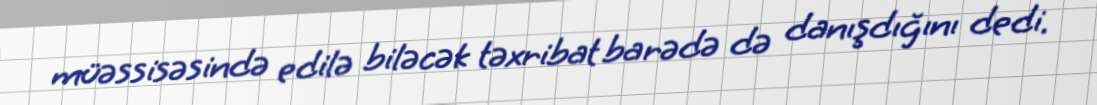
müəssisəsində edilə biləcək təxribat barədə də danışdığını dedi.